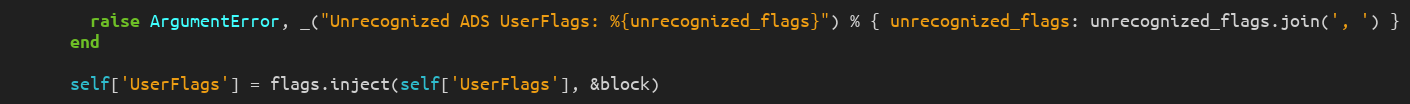
Language: Ruby
        raise ArgumentError, _("Unrecognized ADS UserFlags: %{unrecognized_flags}") % { unrecognized_flags: unrecognized_flags.join(', ') }
      end

      self['UserFlags'] = flags.inject(self['UserFlags'], &block)